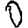
Digit: 0